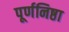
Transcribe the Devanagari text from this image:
पूर्णनिष्ठा